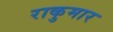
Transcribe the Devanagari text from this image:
राकुमार